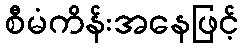
စီမံကိန်းအနေဖြင့်